On a parasite found in persons suffering from enlargement of the spleen in India, second report - Number 11
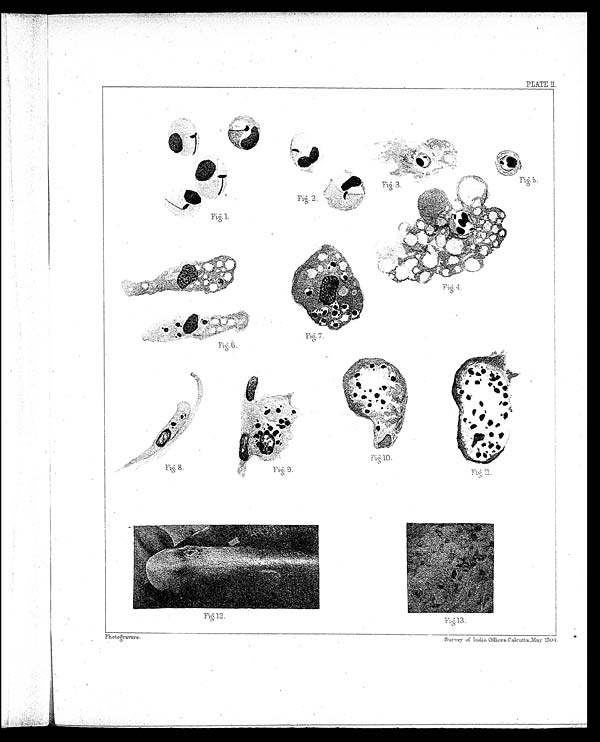
PLATE II.
F i g . 4 . F i g .6.
Fig. 7.
Fig. 8.
Fig. 2.
Fig. 1.
Fig. 5.
Fig. 3.
Fig.10.
Fig. 9.
P h o t o g r a v u r e .
Survey of India Offices, Calcutta, May 1904.